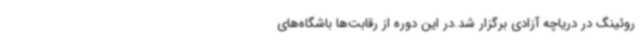
روئینگ در دریاچه آزادی برگزار شد.در این دوره از رقابت‌ها باشگاه‌های